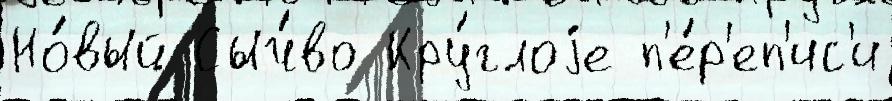
Но́вый Сыч́во Кру́глоjе п'е́р'еп'ис'и